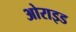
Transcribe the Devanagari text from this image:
ओराइड